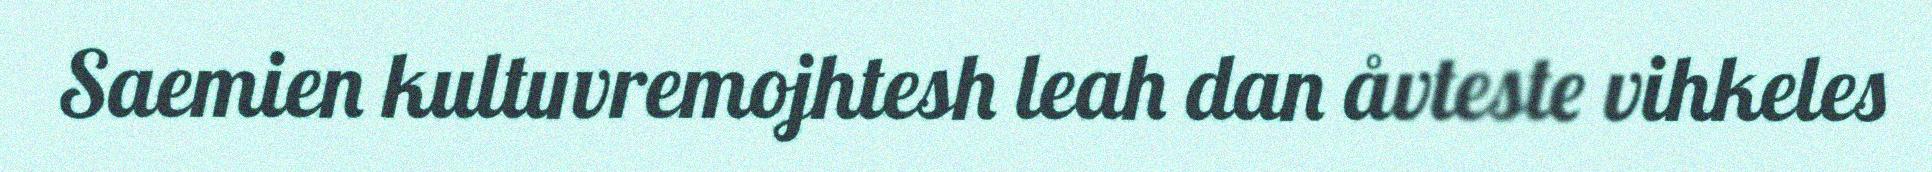
Saemien kultuvremojhtesh leah dan åvteste vihkeles